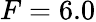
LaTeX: F=6.0